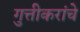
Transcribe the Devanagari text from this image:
गुत्तीकरांचे